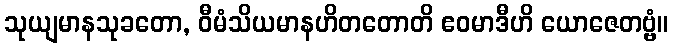
သုယျမာနသုခတော, ဝီမံသိယမာနဟိတတောတိ ဧဝမာဒီဟိ ယောဇေတဗ္ဗံ။